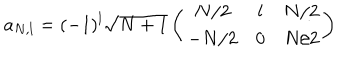
a _ { N , l } = ( - 1 ) ^ { l } \sqrt { N + 1 } \left( \begin{array} { c c c } { { N / 2 } } & { { l } } & { { N / 2 } } \\ { { - N / 2 } } & { { 0 } } & { { N / 2 } } \\ \end{array} \right)